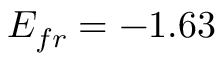
E _ { f r } = - 1 . 6 3